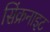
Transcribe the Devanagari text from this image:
सिंक्रनाइट